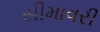
સીમાવરી